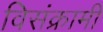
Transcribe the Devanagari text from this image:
विसंक्रामी